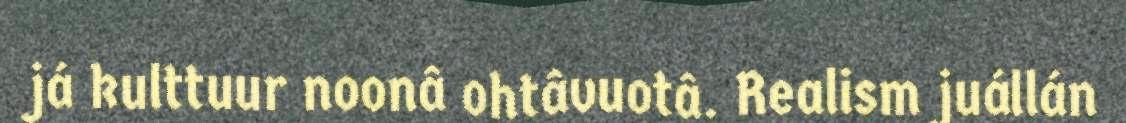
já kulttuur noonâ ohtâvuotâ. Realism juállán